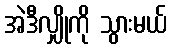
အဲဒီလျှိုကို သွားမယ်